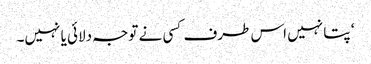
‘ پتا نہیں اس طرف کسی نے توجہ دلائی یا نہیں۔